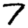
Digit: 7